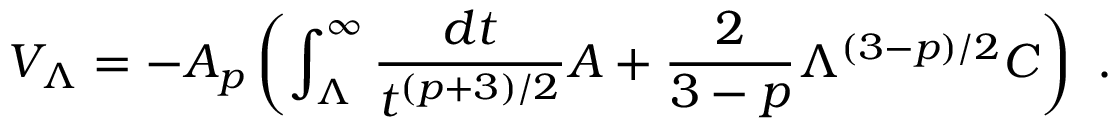
V _ { \Lambda } = - A _ { p } \left( \int _ { \Lambda } ^ { \infty } { \frac { d t } { t ^ { ( p + 3 ) / 2 } } } { \cal A } + { \frac { 2 } { 3 - p } } \Lambda ^ { ( 3 - p ) / 2 } { \cal C } \right) \ .